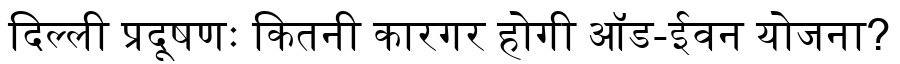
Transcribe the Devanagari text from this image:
दिल्ली प्रदूषणः कितनी कारगर होगी ऑड-ईवन योजना?